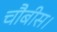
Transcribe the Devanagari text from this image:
चौबीस।